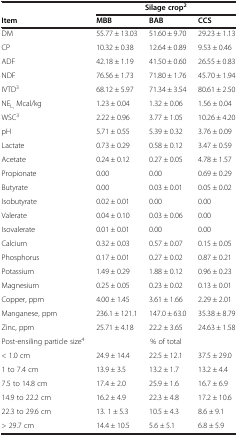
<table><thead><tr><td><b> </b></td><td colspan="3"><b>Silage crop<sup>2</sup></b></td></tr><tr><td><b>Item</b></td><td><b>MBB</b></td><td><b>BAB</b></td><td><b>CCS</b></td></tr></thead><tbody><tr><td>DM</td><td>55.77 ± 13.03</td><td>51.60 ± 9.70</td><td>29.23 ± 1.13</td></tr><tr><td>CP</td><td>10.32 ± 0.38</td><td>12.64 ± 0.89</td><td>9.53 ± 0.46</td></tr><tr><td>ADF</td><td>42.18 ± 1.19</td><td>41.50 ± 0.60</td><td>26.55 ± 0.83</td></tr><tr><td>NDF</td><td>76.56 ± 1.73</td><td>71.80 ± 1.76</td><td>45.70 ± 1.94</td></tr><tr><td>IVTD<sup>3</sup></td><td>68.12 ± 5.97</td><td>71.34 ± 3.54</td><td>80.61 ± 2.50</td></tr><tr><td>NE<sub>L,</sub> Mcal/kg</td><td>1.23 ± 0.04</td><td>1.32 ± 0.06</td><td>1.56 ± 0.04</td></tr><tr><td>WSC<sup>3</sup></td><td>2.22 ± 0.96</td><td>3.77 ± 1.05</td><td>10.26 ± 4.20</td></tr><tr><td>pH</td><td>5.71 ± 0.55</td><td>5.39 ± 0.32</td><td>3.76 ± 0.09</td></tr><tr><td>Lactate</td><td>0.73 ± 0.29</td><td>0.58 ± 0.12</td><td>3.47 ± 0.59</td></tr><tr><td>Acetate</td><td>0.24 ± 0.12</td><td>0.27 ± 0.05</td><td>4.78 ± 1.57</td></tr><tr><td>Propionate</td><td>0.00</td><td>0.00</td><td>0.69 ± 0.29</td></tr><tr><td>Butyrate</td><td>0.00</td><td>0.03 ± 0.01</td><td>0.05 ± 0.02</td></tr><tr><td>Isobutyrate</td><td>0.02 ± 0.01</td><td>0.00</td><td>0.00</td></tr><tr><td>Valerate</td><td>0.04 ± 0.10</td><td>0.03 ± 0.06</td><td>0.00</td></tr><tr><td>Isovalerate</td><td>0.01 ± 0.01</td><td>0.00</td><td>0.00</td></tr><tr><td>Calcium</td><td>0.32 ± 0.03</td><td>0.57 ± 0.07</td><td>0.15 ± 0.05</td></tr><tr><td>Phosphorus</td><td>0.17 ± 0.01</td><td>0.27 ± 0.02</td><td>0.87 ± 0.21</td></tr><tr><td>Potassium</td><td>1.49 ± 0.29</td><td>1.88 ± 0.12</td><td>0.96 ± 0.23</td></tr><tr><td>Magnesium</td><td>0.25 ± 0.05</td><td>0.23 ± 0.02</td><td>0.13 ± 0.01</td></tr><tr><td>Copper, ppm</td><td>4.00 ± 1.45</td><td>3.61 ± 1.66</td><td>2.29 ± 2.01</td></tr><tr><td>Manganese, ppm</td><td>236.1 ± 121.1</td><td>147.0 ± 63.0</td><td>35.38 ± 8.79</td></tr><tr><td>Zinc, ppm</td><td>25.71 ± 4.18</td><td>22.2 ± 3.65</td><td>24.63 ± 1.58</td></tr><tr><td>Post-ensiling particle size<sup>4</sup></td><td> </td><td>% of total</td><td> </td></tr><tr><td>&lt; 1.0 cm</td><td>24.9 ± 14.4</td><td>22.5 ± 12.1</td><td>37.5 ± 29.0</td></tr><tr><td>1 to 7.4 cm</td><td>13.9 ± 3.5</td><td>13.2 ± 1.7</td><td>13.2 ± 4.4</td></tr><tr><td>7.5 to 14.8 cm</td><td>17.4 ± 2.0</td><td>25.9 ± 1.6</td><td>16.7 ± 6.9</td></tr><tr><td>14.9 to 22.2 cm</td><td>16.2 ± 4.9</td><td>22.3 ± 4.8</td><td>17.2 ± 10.6</td></tr><tr><td>22.3 to 29.6 cm</td><td>13. 1 ± 5.3</td><td>10.5 ± 4.3</td><td>8.6 ± 9.1</td></tr><tr><td>&gt; 29.7 cm</td><td>14.4 ± 10.5</td><td>5.6 ± 5.1</td><td>6.8 ± 5.9</td></tr></tbody></table>